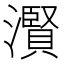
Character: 𤂐